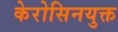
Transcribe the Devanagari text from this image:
केरोसिनयुक्त